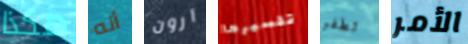
هكذا أنه آرون تفسيرها تطفو الأمر